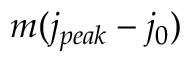
m ( j _ { p e a k } - j _ { 0 } )